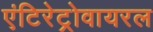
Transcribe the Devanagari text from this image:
एंटिरेट्रोवायरल